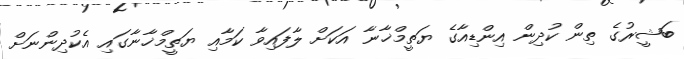
ބަޝީރުގެ ތިން ކުދިން އިންޑިއާގެ ޔަތީމްޚާނާ އަކަށް ލާފައިވާ ކަމާއި ޔަތީމްޚާނާގައި އެކުދިންނަށް